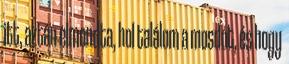
itt, aztán elmondta, hol találom a mosdót, és hogy